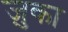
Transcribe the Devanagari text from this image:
ज़ुका